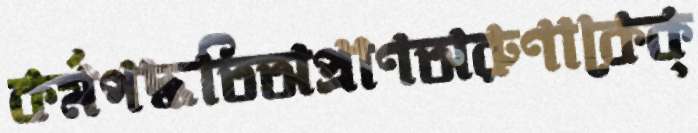
কর্মপদ্ধতিঅপ্রাণঅরুণাকেক্